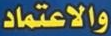
والاعتماد